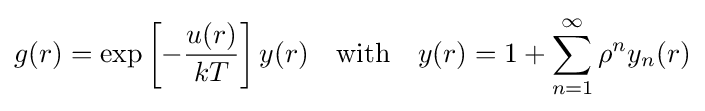
g(r)=\exp \left[-{\frac {u(r)}{kT}}\right]y(r)\quad \mathrm {with} \quad y(r)=1+\sum _{n=1}^{\infty }\rho ^{n}y_{n}(r)